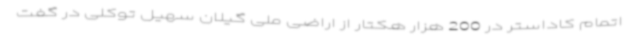
اتمام کاداستر در 200 هزار هکتار از اراضی ملی گیلان سهیل توکلی در گفت